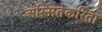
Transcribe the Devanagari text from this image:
अस्मितेकरिता